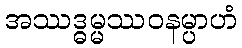
အဿဒ္ဓမ္မဿဝနမ္ပာဟံ